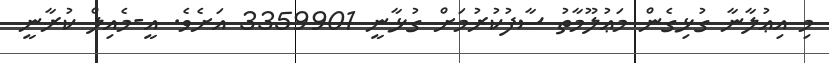
މި އިޢުލާނާ ގުޅިގެން މަޢުލޫމާތު ސާފުކުރުމަށް ގުޅާނީ 3359901 އަށެވެ. އީ-މެއިލް ކުރާނީ